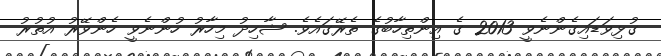
ގުޅިވަޑައިގެންނެވީ 2013 ގެ އިންތިހާބުގެ ތެރޭގައެވެ. ޝާހިދު މިހާރު ހުންނެވީ ހެންވޭރު އުތުރު